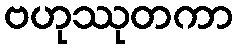
ဗဟုဿုတကာ